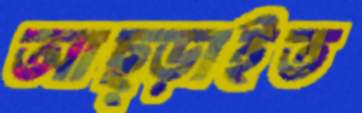
আছ্‌ড়াইত